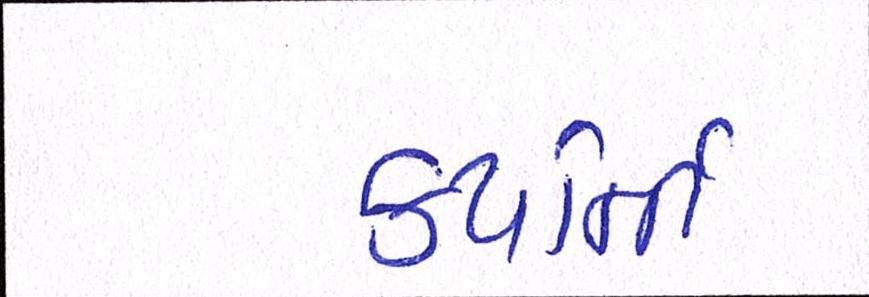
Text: કયર્નિી